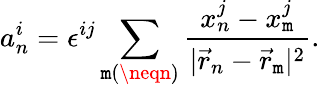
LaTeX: a_{n}^{i}=\epsilon^{ij}\sum_{\mathtt{m}(\neqn)}\frac{{x_{n}^{j}-x_{\mathtt{m}}^{j}}}{{|\vec{{r}}_{n}-\vec{{r}}_{\mathtt{m}}|^{2}}}.